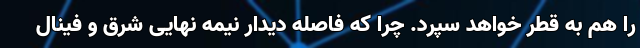
را هم به قطر خواهد سپرد. چرا که فاصله دیدار نیمه نهایی شرق و فینال